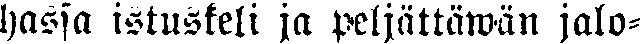
hassa istuskeli ja peljättäwän jalo-